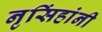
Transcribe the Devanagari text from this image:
नृसिंहांनी